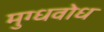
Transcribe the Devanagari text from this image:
मुग्धवोध